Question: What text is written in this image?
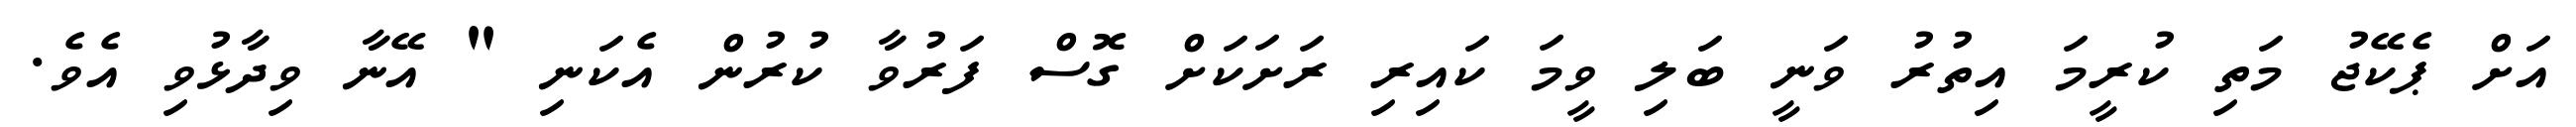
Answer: އަށް ޕެކޭޖު މަތި ކުރީމަ އިތުރު ވަނީ ބަލި ވީމަ ކައިރި ރަށަކަށް ގޮސް ފަރުވާ ކުރުން އެކަނި " އޭނާ ވިދާޅުވި އެވެ.